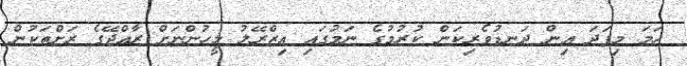
ހަމަ މިފަދަ އިން ދަނޑުވެރިކަން ކުރުމުގެ ނަމުގައި އިޒްރޭލު މީހުންނަށް ރާއްޖޭގެ ރަށްތަކުން